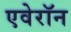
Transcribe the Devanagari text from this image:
एवेरॉन